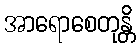
အာရောစေတုန္တိ